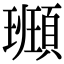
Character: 𩔮